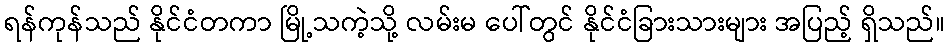
ရန်ကုန်သည် နိုင်ငံတကာ မြို့သကဲ့သို့ လမ်းမ ပေါ်တွင် နိုင်ငံခြားသားများ အပြည့် ရှိသည်။